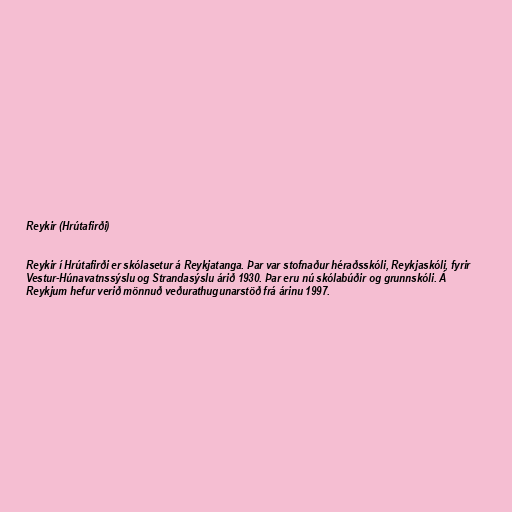
Reykir (Hrútafirði)

Reykir í Hrútafirði er skólasetur á Reykjatanga. Þar var stofnaður héraðsskóli, Reykjaskóli, fyrir
Vestur-Húnavatnssýslu og Strandasýslu árið 1930. Þar eru nú skólabúðir og grunnskóli. Á
Reykjum hefur verið mönnuð veðurathugunarstöð frá árinu 1997.